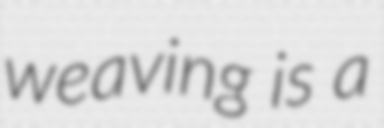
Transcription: weaving is a